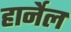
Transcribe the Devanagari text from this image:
हार्नेल